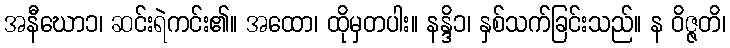
အနီဃော၁၊ ဆင်းရဲကင်း၏။ အထော၊ ထိုမှတပါး။ နန္ဒိ၁၊ နှစ်သက်ခြင်းသည်။ န ဝိဇ္ဇတိ၊